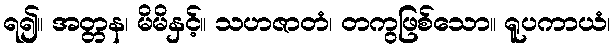
ရ၍။ အတ္တန၊ မိမိနှင့်။ သဟဇာတံ၊ တကွဖြစ်သော။ ရူပကာယံ၊